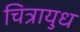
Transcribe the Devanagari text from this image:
चित्रायुध